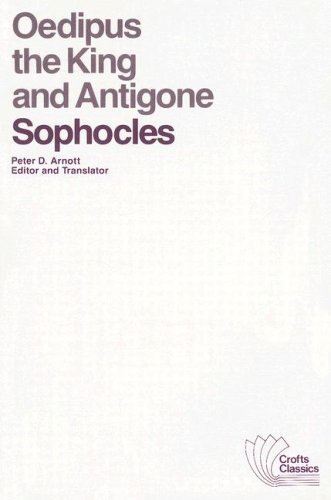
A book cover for Oedipus the King and Antigone; Sophocles; Literature & Fiction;